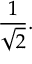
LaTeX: { \frac { 1 } { \sqrt { 2 } } } .